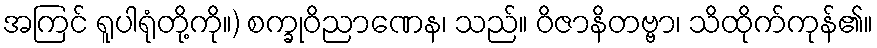
အကြင် ရူပါရုံတို့ကို။) စက္ခုဝိညာဏေန၊ သည်။ ဝိဇာနိတဗ္ဗာ၊ သိထိုက်ကုန်၏။